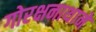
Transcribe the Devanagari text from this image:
गोरक्षनाथानें